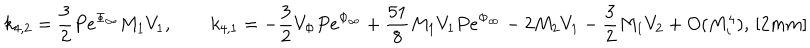
k _ { 4 , 2 } = \frac { 3 } { 2 } P e ^ { \Phi _ { \infty } } M _ { 1 } V _ { 1 } , \qquad k _ { 4 , 1 } = - \frac { 3 } { 2 } V _ { \Phi } P e ^ { \Phi _ { \infty } } + \frac { 5 1 } { 8 } M _ { 1 } V _ { 1 } P e ^ { \Phi _ { \infty } } - 2 M _ { 2 } V _ { 1 } - \frac { 3 } { 2 } M _ { 1 } V _ { 2 } + O ( M _ { i } ^ { 4 } ) , \, [ 2 m m ]